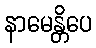
နာမေန္တိပေ